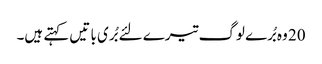
20 وہ بُرے لوگ تیرے لئے بُری با تیں کہتے ہیں۔